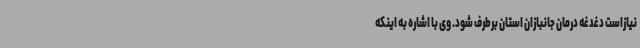
نیازاست دغدغه درمان جانبازان استان برطرف شود. وی با اشاره به اینکه